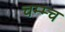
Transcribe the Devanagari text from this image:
चम्म्च